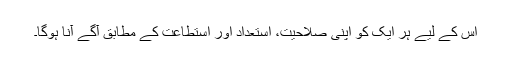
اس کے لیے ہر ایک کو اپنی صلاحیت، استعداد اور استطاعت کے مطابق آگے آنا ہوگا۔